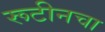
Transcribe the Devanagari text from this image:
रूटीनचा